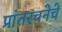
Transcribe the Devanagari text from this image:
प्रांतरचनेचे